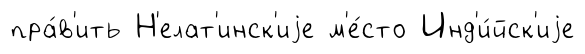
пра́в'ить Н'елат'инск'иjе м'е́сто Инд'и́йск'иjе